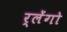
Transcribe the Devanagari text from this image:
र्लेंगो